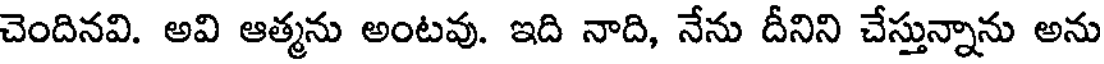
చెందినవి. అవి ఆత్మను అంటవు. ఇది నాది, నేను దీనిని చేస్తున్నాను అను